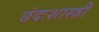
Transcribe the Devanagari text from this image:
छंदःशास्त्री